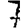
Digit: 7